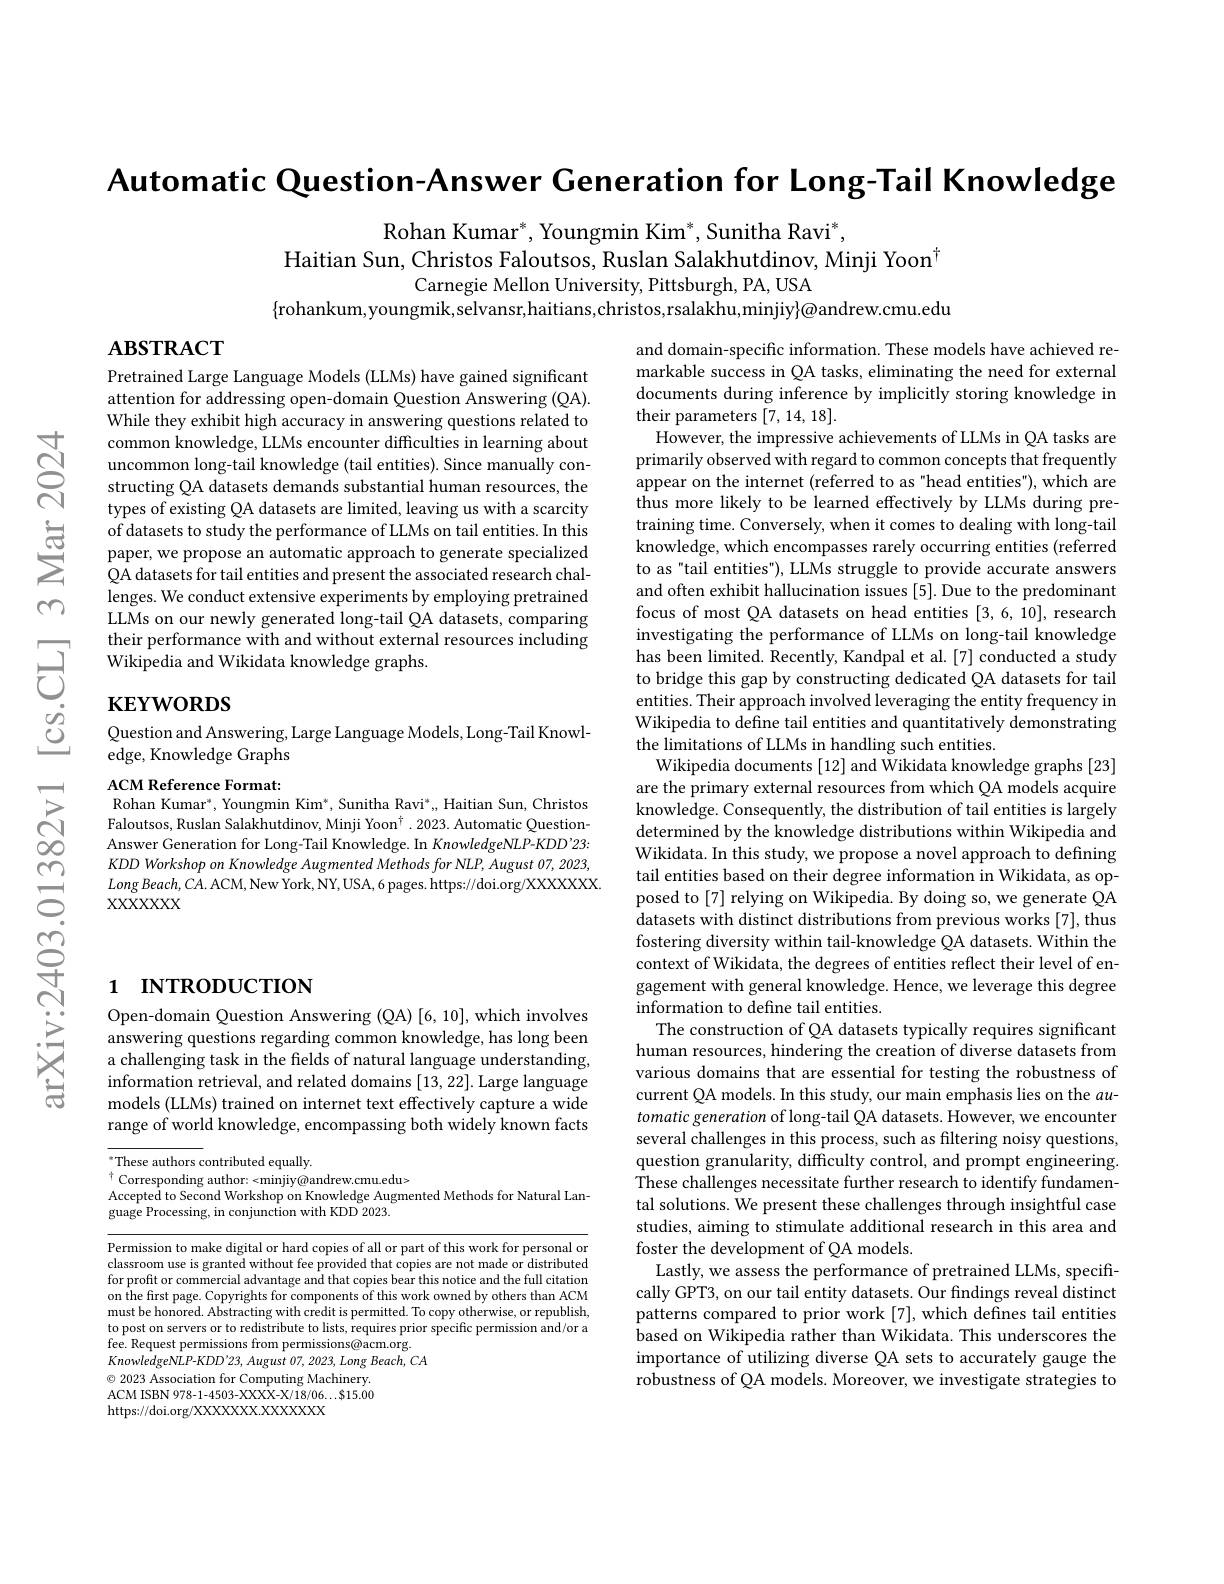
m

Automatic Question-Answer Generation for Long-Tail Knowledge

Rohan Kumar*, Youngmin Kim*, Sunitha Ravi*,
Haitian Sun, Christos Faloutsos, Ruslan Salakhutdinov, Minji Yoon$^{\dagger}$
Carnegie Mellon University, Pittsburgh, PA, USA
$\{$rohankum,youngmik,selvansr,haitians,christos,rsalakhu,minjiy$\}@$andrew.cmu.edu

$\mathbf{ABSTRACT}$

Pretrained Large Language Models (LLMs) have gained significant attention for addressing open-domain Question Answering (QA). While they exhibit high accuracy in answering questions related to common knowledge, LLMs encounter difficulties in learning about uncommon long-tail knowledge (tail entities). Since manually constructing QA datasets demands substantial human resources, the types of existing QA datasets are limited, leaving us with a scarcity
$\sum\begin{array}{cc}\text{ of datasets to study the performance of LLMs on tail entities.In this}\\&\text{paper, we propose an automatic approach to generate specialized}\\&\text{QA datasets for tail entities and present the associated research chal-}\end{array}$
lenges. We conduct extensive experiments by employing pretrained LLMs on our newly generated long-tail QA datasets, comparing
$\begin{array}{ll}&\text{their performance with and without exter}\end{array}$

Question and Answering, Large Language Models, Long- Tail Knowl-
edge, Knowledge Graphs

ACM Reference Format:
Rohan Kumar$^*$, Youngmin Kim$^*$, Sunitha Ravi$^*$, Haitian Sun, Christos Faloutsos, Ruslan Salakhutdinov, Minji Yoon$^\dagger.2023.$ Automatic QuestionAnswer Generation for Long-Tail Knowledge. In KnowledgeNLP-KDD'23: KDD Workshop on Knowledge Augmented Methods for NLP, August 07, 2023, $LongBeach,CA.$ ACM, New York, NY, USA, 6 pages. https://doi.org/XXXXXXX. $XXXXXXX$

and domain-specific information. These models have achieved remarkable success in QA tasks, eliminating the need for external documents during inference by implicitly storing knowledge in their parameters [7,14,18].
However, the impressive achievements of LLMs in QA tasks are primarily observed with regard to common concepts that frequently appear on the internet (referred to as"head entities"), which are thus more likely to be learned effectively by LLMs during pretraining time. Conversely, when it comes to dealing with long-tail knowledge, which encompasses rarely occurring entities (referred to as"tail entities"), LLMs struggle to provide accurate answers and often exhibit hallucination issues [5]. Due to the predominant focus of most QA datasets on head entities [3,6,10], research investigating the performance of LLMs on long-tail knowledge has been limited. Recently, Kandpal et al. [7] conducted a study to bridge this gap by constructing dedicated QA datasets for tail entities. Their approach involved leveraging the entity frequency in Wikipedia to define tail entities and quantitatively demonstrating the limitations of LLMs in handling such entities.
Wikipedia documents [12] and Wikidata knowledge graphs [23] are the primary external resources from which QA models acquire knowledge. Consequently, the distribution of tail entities is largely determined by the knowledge distributions within Wikipedia and Wikidata. In this study, we propose a novel approach to defining tail entities based on their degree information in Wikidata, as opposed to [7] relying on Wikipedia. By doing so, we generate QA datasets with distinct distributions from previous works [7], thus fostering diversity within tail-knowledge QA datasets. Within the context of Wikidata, the degrees of entities reflect their level of engagement with general knowledge. Hence, we leverage this degree information to define tail entities.
The construction of QA datasets typically requires significant human resources, hindering the creation of diverse datasets from various domains that are essential for testing the robustness of current QA models. In this study, our main emphasis lies on the $au$- tomaticgeneration of long-tail QA datasets. However, we encounter several challenges in this process, such as filtering noisy questions, question granularity, difficulty control, and prompt engineering. These challenges necessitate further research to identify fundamental solutions. We present these challenges through insightful case studies, aiming to stimulate additional research in this area and foster the development of QA models.
Lastly, we assess the performance of pretrained LLMs, specifically GPT3, on our tail entity datasets. Our findings reveal distinct patterns compared to prior work [7], which defines tail entities based on Wikipedia rather than Wikidata. This underscores the importance of utilizing diverse QA sets to accurately gauge the robustness of QA models. Moreover, we investigate strategies to

# 1 INTRODUCTION

Open-domain Question Answering (QA) [6, 10], which involves answering questions regarding common knowledge, has long been a challenging task in the frelds of natural language understanding, information retrieval, and related domains [13,22]. Large language models (LLMs) trained on internet text effectively capture a wide range of world knowledge, encompassing both widely known facts

These authors contributed equally.
$^{\dagger}$ Corresponding author: <minjiy@andrew.cmu.edu>
Accepted to Second Workshop on Knowledge Augmented Methods for Natural Lan-
$\tilde{\text{guage Processing, in conjunction with KDD 2023.}}$

Permission to make digital or hard copies of all or part of this work for personal or classroom use is granted without fee provided that copies are not made or distributed for profit or commercial advantage and that copies bear this notice and the full citation on the first page. Copyrights for components of this work owned by others than ACM must be honored. Abstracting with credit is permitted. To copy otherwise, or republish, to post on servers or to redistribute to lists, requires prior specific permission and/or a fee. Request permissions from permissions@acm.org. $KnowledgeNLP-KDD^{\prime}23,August07,2023,LongBeach,CA$ $\odot$ 2023 Association for Computing Machinery. ACM ISBN 978-1-4503-XXXX-X/18/06...\$15.00 https://doi.org/XXXXXXX.XXXXXXX